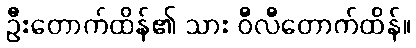
ဦးတောက်ထိန်၏ သား ဝီလီတောက်ထိန်။